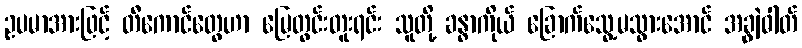
ဥပမာအားဖြင့် တီကောင်တွေဟာ မြေတွင်းတူးရင်း သူတို့ ခန္ဓာကိုယ် ခြောက်သွေ့မသွားအောင် အချွဲဓါတ်